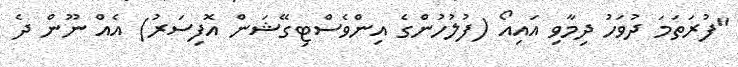
"ފުރަތަމަ ދުވަހު ދިމާވި އައިއޯ (ފުލުހުންގެ އިންވެސްޓިގޭޝަން އޮފިސަރު) އެއް ނޫން ދެ